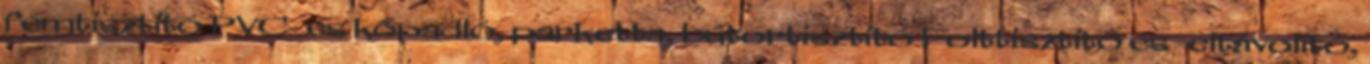
fémtisztító PVC- és kőpadló, parketta, bútortisztító Folttisztító és -eltávolító,